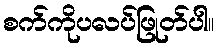
စက်ကိုပလပ်ဖြုတ်ပါ။